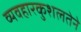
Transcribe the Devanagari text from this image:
व्यवहारकुशलतेने